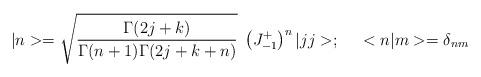
LaTeX: \begin{align*}|n>=\sqrt{\frac{\Gamma(2j+k)}{\Gamma(n+1)\Gamma(2j+k+n)}}\;\left(J^+_{-1}\right)^n|jj>;\;\;\;\;\;<n|m>=\delta_{nm}\end{align*}